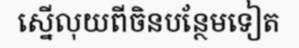
ស្នើលុយពីចិនបន្ថែមទៀត